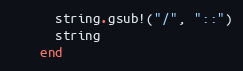
Language: Ruby
      string.gsub!("/", "::")
      string
    end